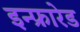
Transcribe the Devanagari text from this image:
इन्‍फ्रारेड